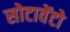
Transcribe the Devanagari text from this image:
सोटावेंटो